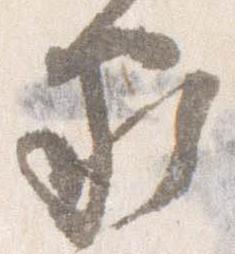
家